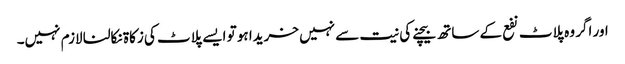
اور اگر وہ پلاٹ نفع کے ساتھ بیچنے کی نیت سے نہیں خریدا ہو تو ایسے پلاٹ کی زکاۃ نکالنا لازم نہیں۔